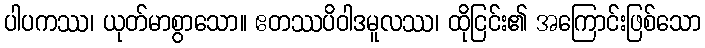
ပါပကဿ၊ ယုတ်မာစွာသော။ ဧတဿပိဝါဒမူလဿ၊ ထိုငြင်း၏ အကြောင်းဖြစ်သော